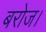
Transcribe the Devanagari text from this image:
बरोज।